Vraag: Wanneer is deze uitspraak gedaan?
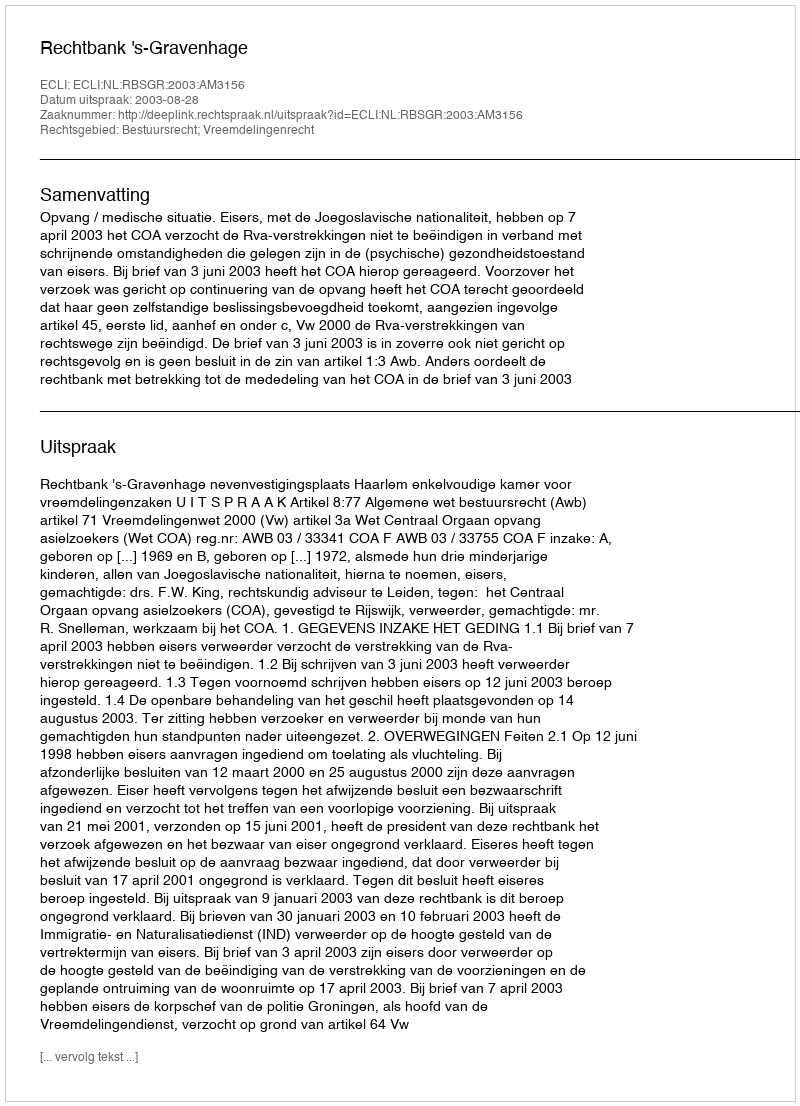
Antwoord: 2003-08-28